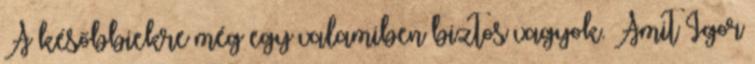
A későbbiekre még egy valamiben biztos vagyok. Amit Igor